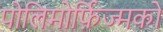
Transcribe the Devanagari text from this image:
पोलिमोर्फ़िज्मको